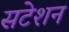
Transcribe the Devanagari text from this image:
सटेशन